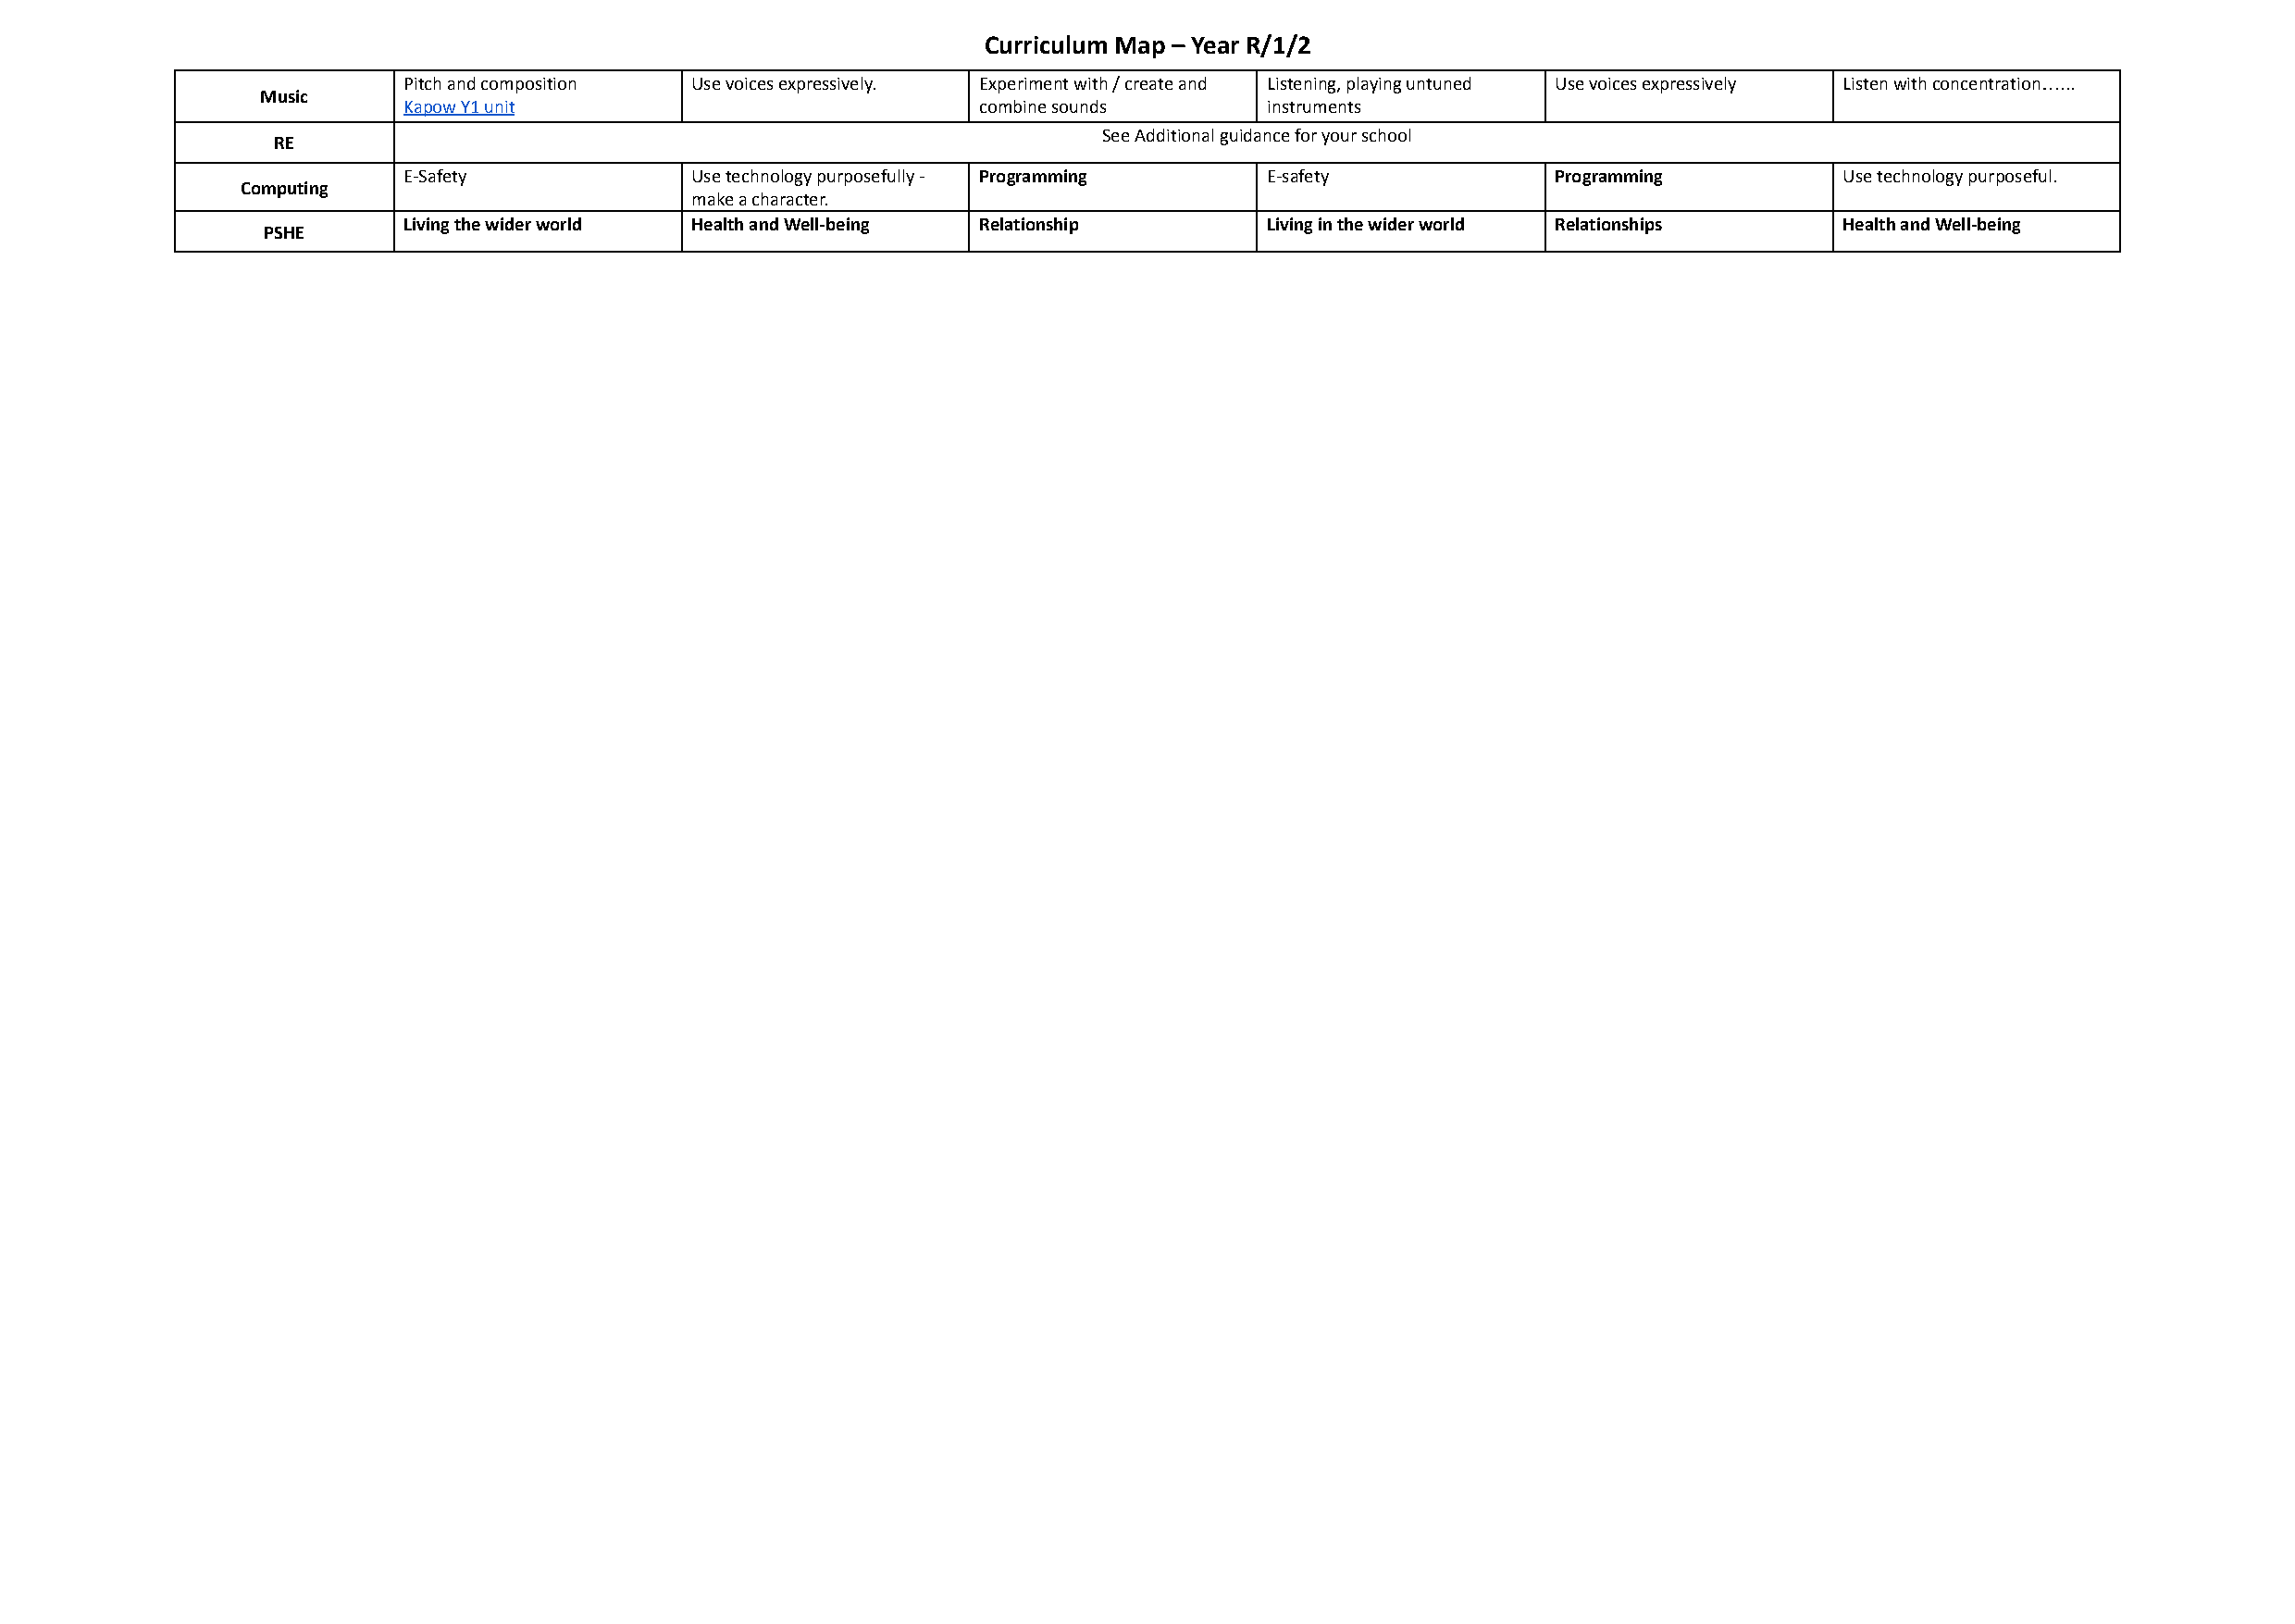
Curriculum Map – Year R/1/2
 Pitch and composition Use voices expressively. Experiment with / create and Listening, playing untuned Use voices expressively Listen with concentration…...
 Music
 Kapow Y1 unit                            combine sounds       instruments
 See Additional guidance for your school
 RE
 E-Safety            Use technology purposefully - Programming E-safety            Programming          Use technology purposeful.
 Computing
 make a character.
 Living the wider world Health and Well-being Relationship     Living in the wider world Relationships  Health and Well-being
 PSHE